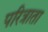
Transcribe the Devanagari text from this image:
परित्राता